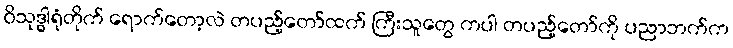
ဝိသုဒ္ဓါရုံတိုက် ရောက်တော့လဲ တပည့်တော်ထက် ကြီးသူတွေ ကပါ တပည့်တော်ကို ပညာဘက်က